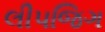
લીપજિગ